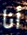
أنا